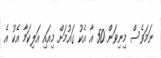
ނަމަވެސް މިނިވަން 50 އާ އެކު ގައުމަށް މިއައި އަލިކަމާ އެކު އެ